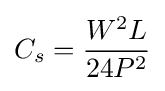
C_{s}={\frac {W^{2}L}{24P^{2}}}